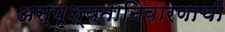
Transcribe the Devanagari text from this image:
अस्पृश्‍यतानिवारणाची